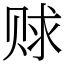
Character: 赇